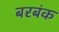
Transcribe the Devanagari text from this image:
बरबंक